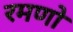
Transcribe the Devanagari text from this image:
रमणो